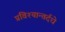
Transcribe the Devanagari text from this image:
प्रविश्यान्तर्दधे